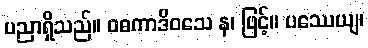
ပညာရှိသည်။ ဝဓကာဒိဝသေ န၊ ဖြင့်။ ပဿေယျ၊